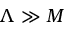
\Lambda \gg M